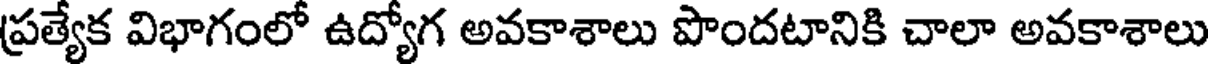
ప్రత్యేక విభాగంలో ఉద్యోగ అవకాశాలు పొందటానికి చాలా అవకాశాలు